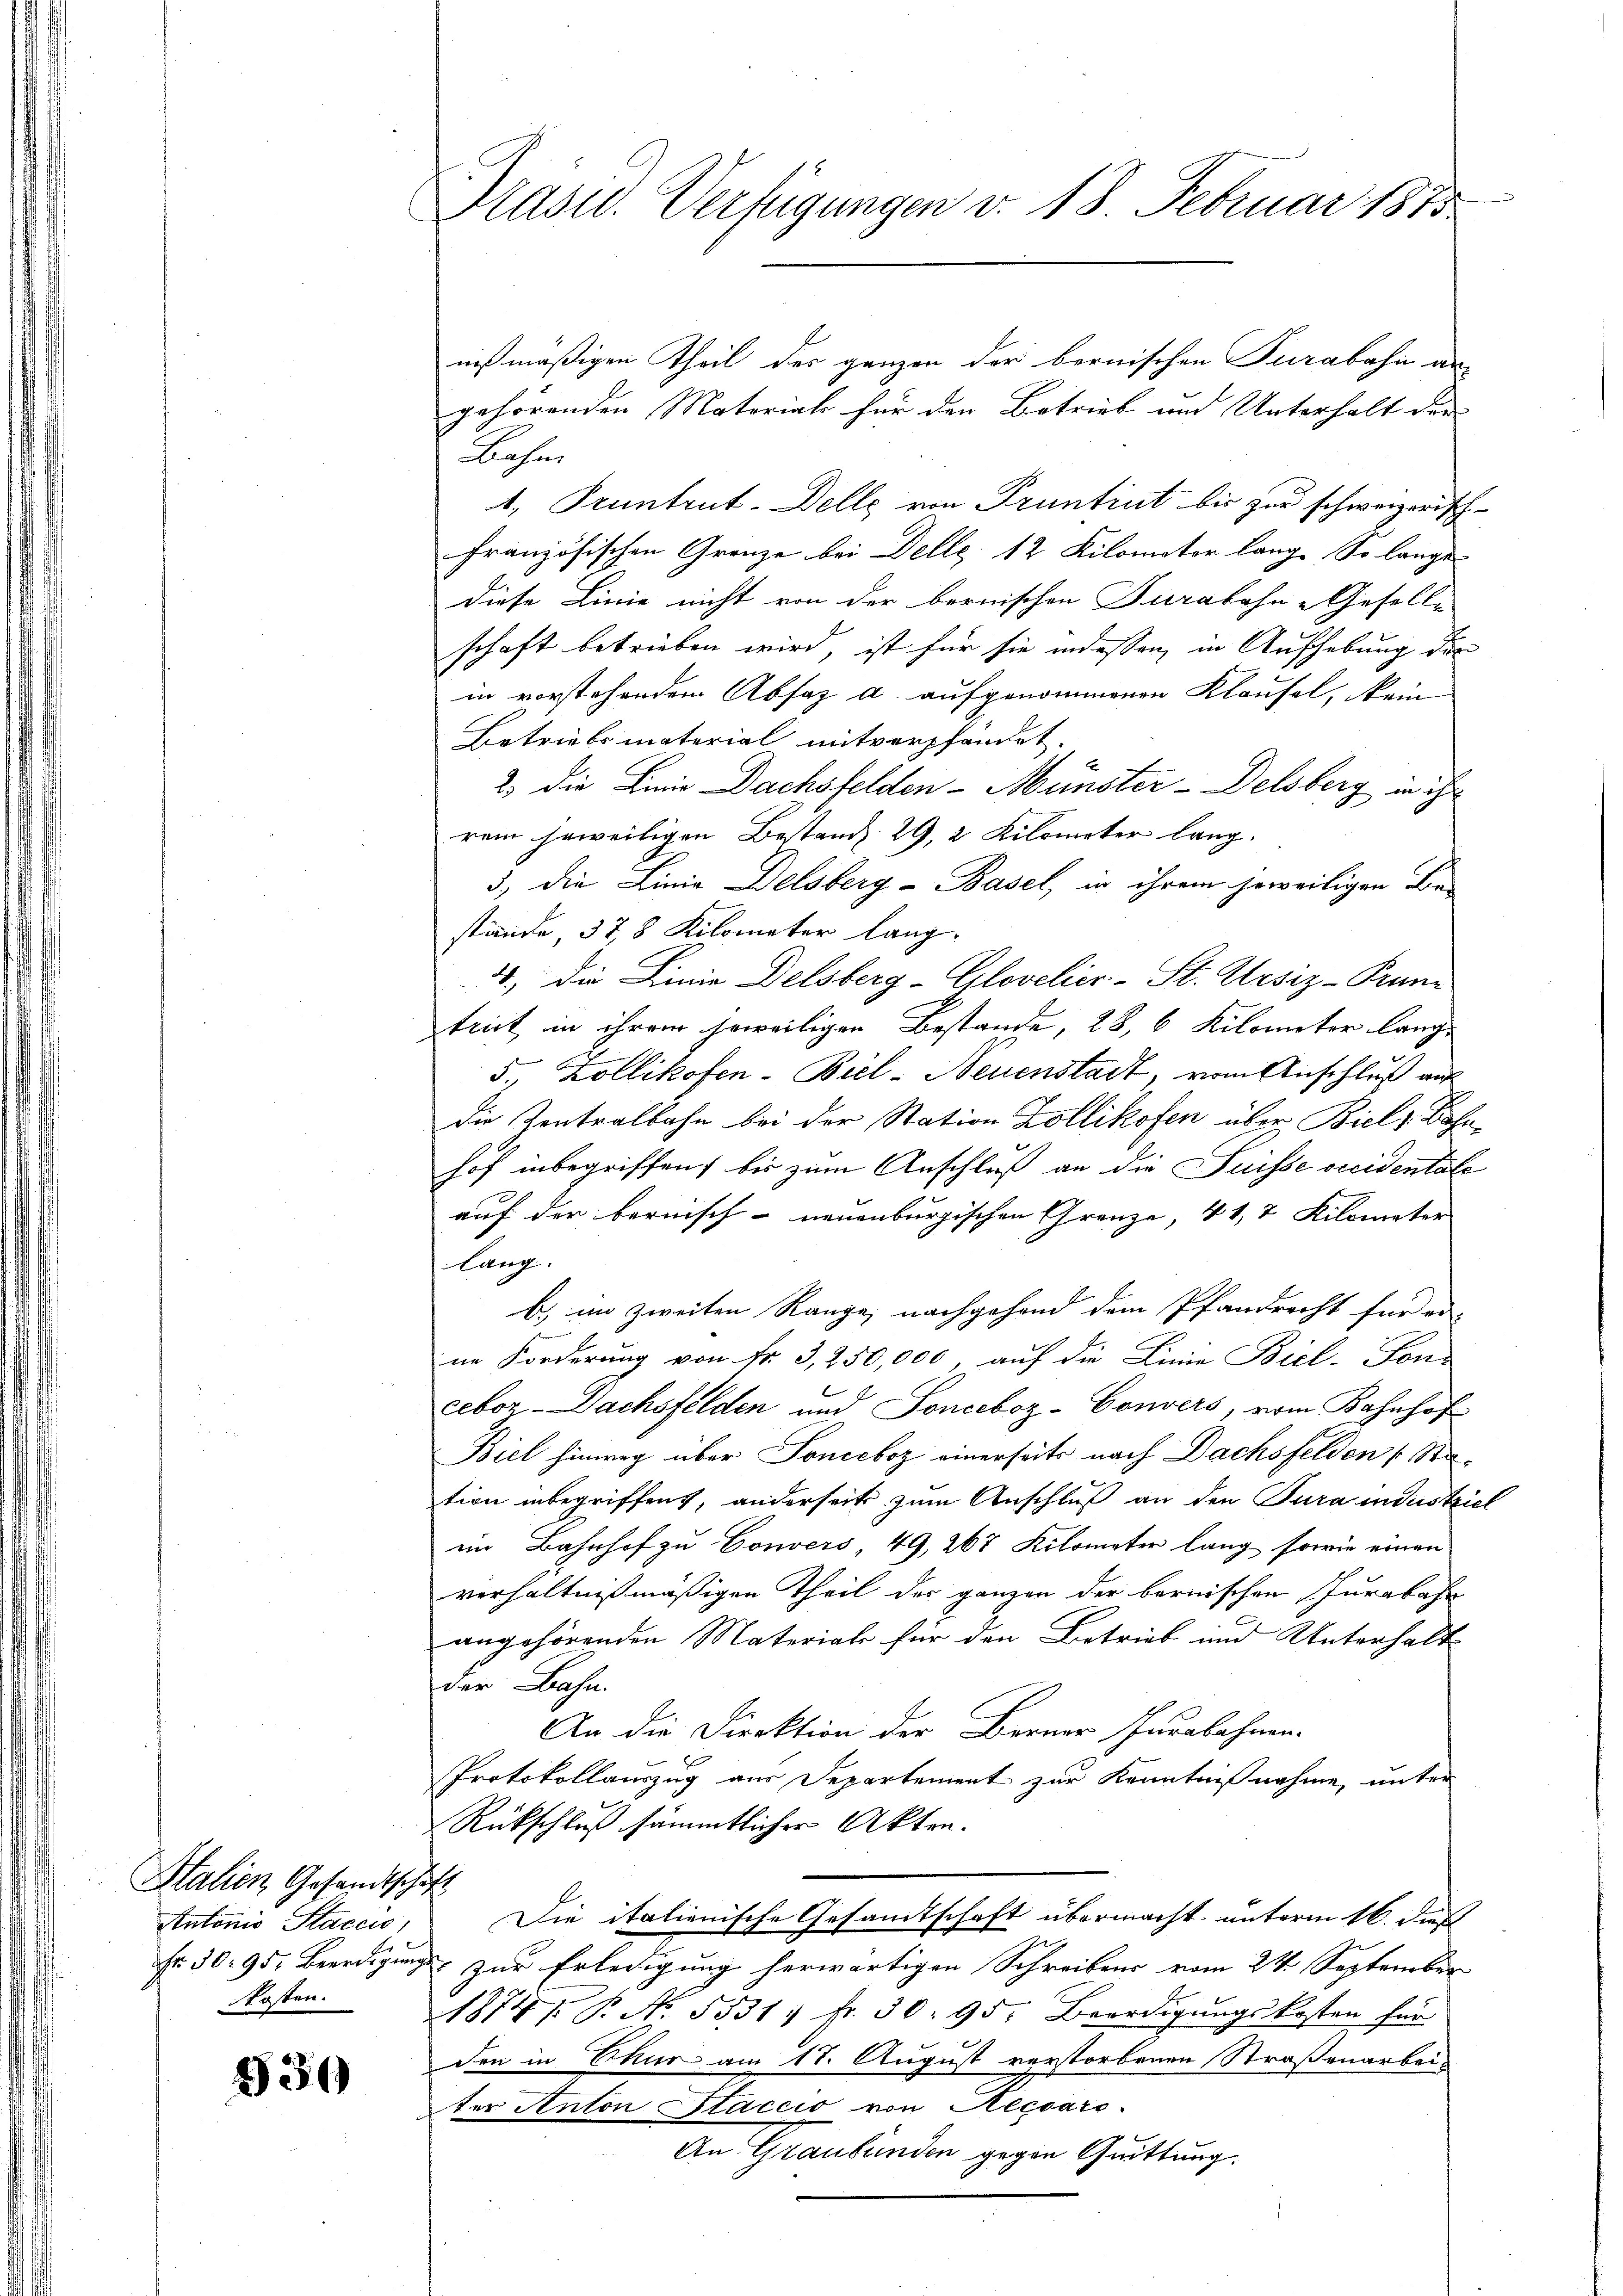
Italien Gesandtschäft
Antonio Staccis,
kosten.

339

Präsid. Verfügungen v. 18. Februar 1815.

nißmäßigen Theil der ganzen der bernischen Turabasi an-
gehörenden Material für den Betrieb und Unterhalt der
Bahn
1. Pruntrut-Delle von Pruntiat bis zur schweizerisch-
französischen Grenze bei Delle 12 Kilomator lang. So lange
diese Linie nicht von der bernischen Turabahn-Gesell-
schaft betrieben wird, ist für sie indessen in Aufhebung der
in vorstehendem Absatz a. aufgenommenen Klausel, kein
Betriebsmaterial mitverpfandet.
2) die Linie Dachsfelden-Münster-Delsberg in ihr
rem jeweiligen Bestand 29, 2 Kilometer lang.
3., die Linia Delsberg - Basel, in ihrem jeweiligen Be-
stände, 378 Kilometer lang.
4.) Die Linie Delsberg-Glovelier-St. Ursiz-Pruntrict in ihrem jeweiligen Bestande, 28, 6 Kilometer lange
e
3. Zollikofen- Biel-Neuenstadt, vom Anschluß auf
die Zentralbahn bei der Station Zollikofen über Biel s. Bahnhof inbegriffen, bis zum Anschluß an die Suisse vicidentale
auf der bernisch- neuenburgischen Grenze, 41, 2 Kilometer
lang.
b) im zweiten Range, nachgehend dem Pfandrecht für ei
u
ne Forderung von Nr. 3, 250,000, auf die Linie Biel- Sons
ceboz-Dachsfelden und Sonceboz-Convers, vom Bahnhof
Biel hinweg über Tonceboz einerseits nach Dachsfelden Sta-
tion inbegriffend, anderseits zum Anschluß an den Tura industriel
im Bahnhof zu Convers 49, 267 Kilometer lang sowie einen
verhältnißmäßigen Theil der ganzen der bernischen Jurabahn
angehörenden Materiale für den Betrieb und Unterhalt
der Bahn.
An die Direktion der Berner Jurabahnen.
Protokollauszug aus Departement zur Kenntnißnahme, unter
Rückschluß sämmtlicher Akten.
Die italienische Gesamtschaft übermacht, unterm 16. dies
.
Fr. 50. 95. Beerdigungs zur Erledigung herwärtigen Schreibens vom 24. September
1874. No. 5531; fr. 30: 95. Beerdigŭngskosten für
Den in Chur am 17. August verstorbenen Straßenarbei-
ter Anton Staccio von Recsars.
An Graubünden gegen Quittung.